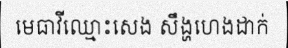
មេធាវីឈ្មោះសេង សឹង្ហហេងដាក់